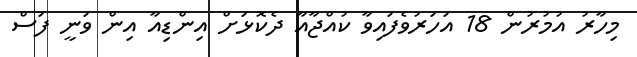
މިހާރު އުމުރުން 18 އަހަރުވެފައިވާ ކުއްޖާއާ ދެކޮޅަށް އިންޑިއާ އިން ވަނީ ފަސް